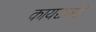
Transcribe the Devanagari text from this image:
कायद्यांमद्धे